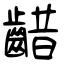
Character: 齰